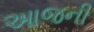
આજની